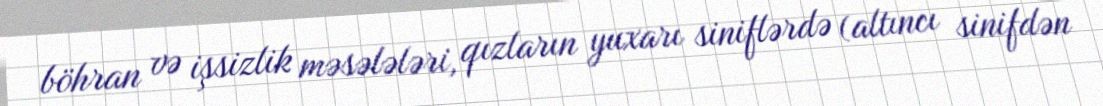
böhran və işsizlik məsələləri, qızların yuxarı siniflərdə (altıncı sinifdən